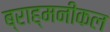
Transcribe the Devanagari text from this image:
ब्राह्मनीकल